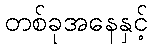
တစ်ခုအနေနှင့်